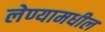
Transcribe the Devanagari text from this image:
लेण्यामधील